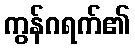
ကွန်ဂရက်၏